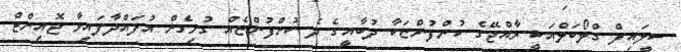
ސީލައިފް ގްލޯބަލްއަކީ ރާއްޖޭގެ ކުންފުންޏަކާ ދުބާއީގެ ދެ ކުންފުންޏެއް ގުޅިގެން އުފައްދާފައިވާ ޖޮއިންޓް